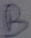
Text: B